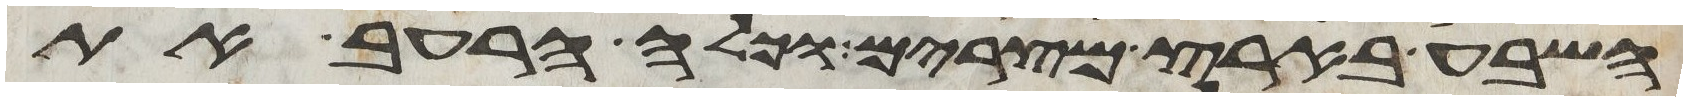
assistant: השבע בארץ מצרים וכלה הרעב את